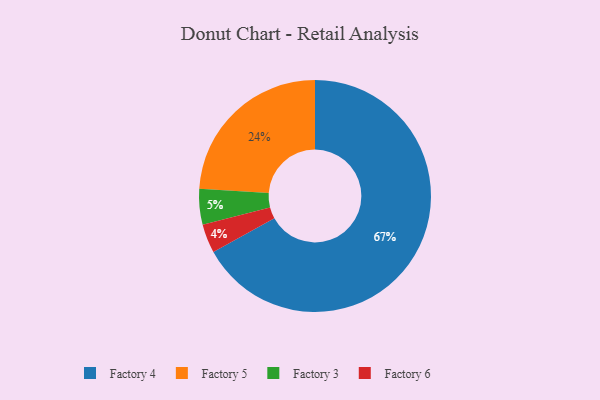
{"axis": {"x": "Category", "y": "Percentage"}, "legend": ["Factory 3", "Factory 4", "Factory 5", "Factory 6"], "data": [{"x": "Factory 5", "y": 24, "type": "Factory 5"}, {"x": "Factory 4", "y": 67, "type": "Factory 4"}, {"x": "Factory 3", "y": 5, "type": "Factory 3"}, {"x": "Factory 6", "y": 4, "type": "Factory 6"}]}